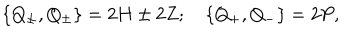
LaTeX: \left\{ Q _ { \pm } , Q _ { \pm } \right\} = 2 H \pm 2 Z ; \quad \left\{ Q _ { + } , Q _ { - } \right\} = 2 P ,